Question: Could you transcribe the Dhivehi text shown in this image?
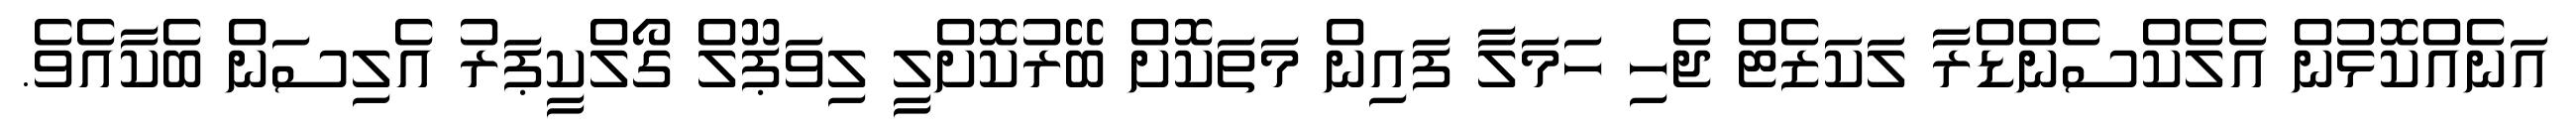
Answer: އަނެއްކޮޅުން އެލެކްސެންޑްރާ ލަކަޒެޓް ޖެހި ހަމަލާ ފައިން މަތަކޮށް ބޭރުކޮށްލީ ލިވަޕޫލް ގޯލްކީޕަރު އެލިސަން ބެކާއެވެ.